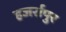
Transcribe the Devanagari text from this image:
हजर्रापुर